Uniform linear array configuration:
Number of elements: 16
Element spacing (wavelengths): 0.25
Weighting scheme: hann
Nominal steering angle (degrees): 60
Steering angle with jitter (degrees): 59.026
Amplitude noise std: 0.05
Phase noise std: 0.05

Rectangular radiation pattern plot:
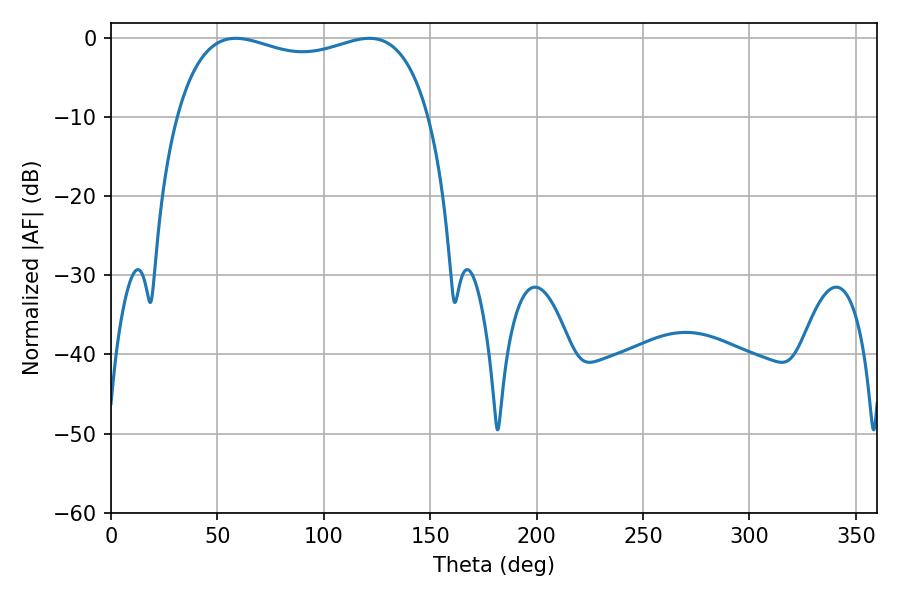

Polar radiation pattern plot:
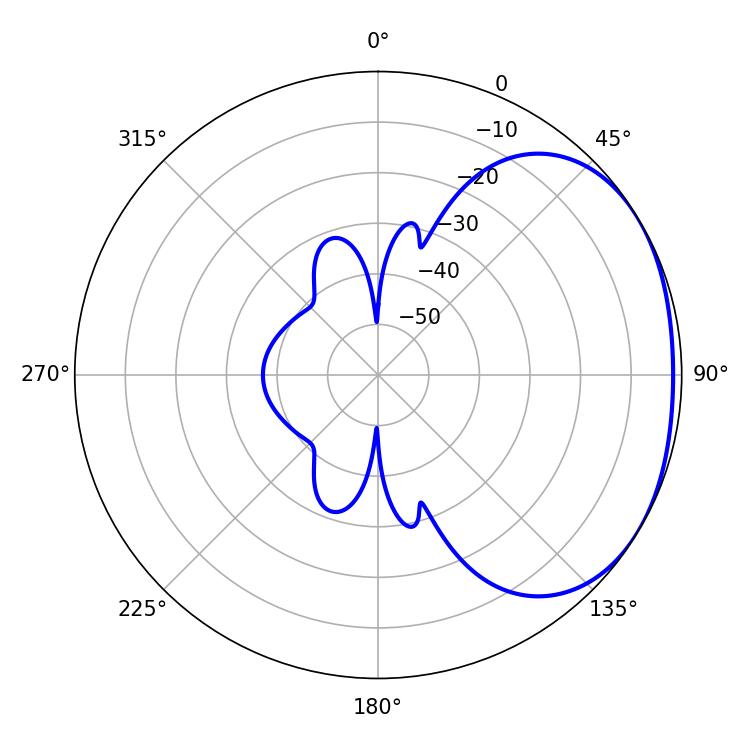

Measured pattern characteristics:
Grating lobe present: FALSE
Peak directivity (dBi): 1.866
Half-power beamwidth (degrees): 97.2
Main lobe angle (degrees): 58.68